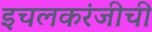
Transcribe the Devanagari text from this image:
इचलकरंजीची